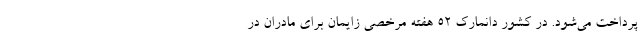
پرداخت می‌شود. در کشور دانمارک ۵۲ هفته مرخصی زایمان برای مادران در